Annual statistical returns and brief notes on vaccination in Bengal - 1909-1929
Year: 1909
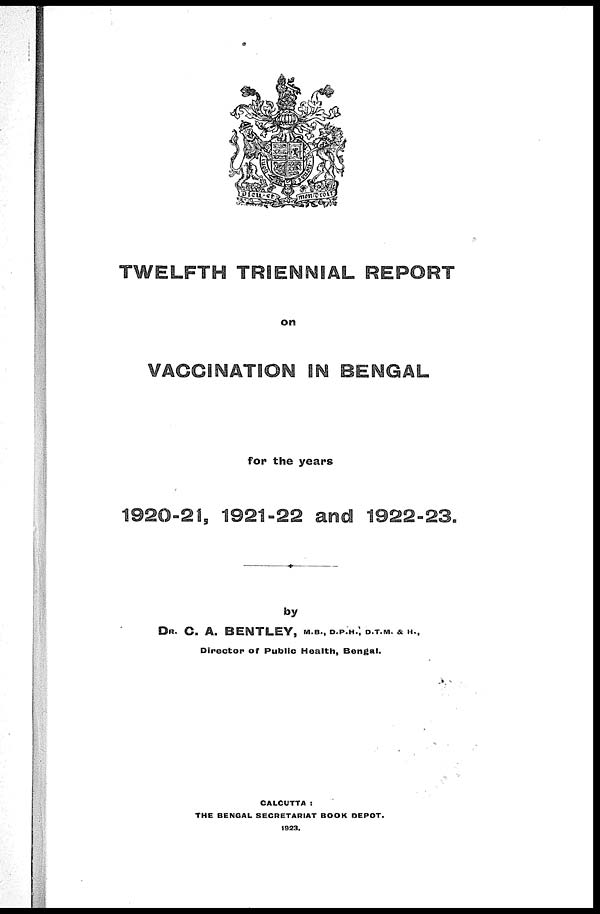
TWELFTH TRIENNIAL REPORT
on
VACCINATION IN BENGAL
for the years
1920-21, 1921-22 and 1922-23.
by
DR. C. A. BENTLEY, M.B., D.P.H., D.T.M. & H.,
Director of Public Health, Bengal.
CALCUTTA :
THE BENGAL SECRETARIAT BOOK DEPOT.
1923.